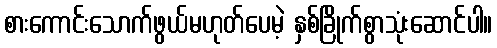
စားကောင်းသောက်ဖွယ်မဟုတ်ပေမဲ့ နှစ်ခြိုက်စွာသုံးဆောင်ပါ။